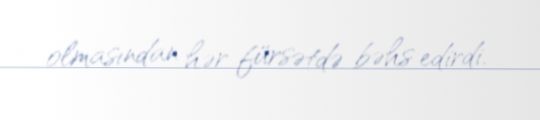
olmasından hər fürsətdə bəhs edirdi.